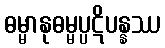
ဓမ္မာနုဓမ္မပ္ပဋိပန္နဿ